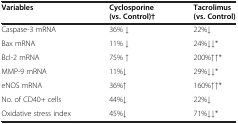
<table><thead><tr><td><b>Variables</b></td><td><b>Cyclosporine (vs. Control)†</b></td><td><b>Tacrolimus (vs. Control)</b></td></tr></thead><tbody><tr><td>Caspase-3 mRNA</td><td>36% ↓</td><td>22%↓</td></tr><tr><td>Bax mRNA</td><td>11% ↓</td><td>24%↓↓*</td></tr><tr><td>Bcl-2 mRNA</td><td>75% ↑</td><td>200%↑↑*</td></tr><tr><td>MMP-9 mRNA</td><td>11%↓</td><td>29%↓↓*</td></tr><tr><td>eNOS mRNA</td><td>36%↑</td><td>160%↑↑*</td></tr><tr><td>No. of CD40+ cells</td><td>44%↓</td><td>22%↓</td></tr><tr><td>Oxidative stress index</td><td>45%↓</td><td>71%↓↓*</td></tr></tbody></table>